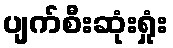
ပျက်စီးဆုံးရှုံး